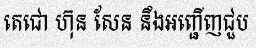
តេជោ ហ៊ុន សែន នឹងអញ្ជើញជួប